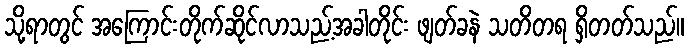
သို့ရာတွင် အကြောင်းတိုက်ဆိုင်လာသည့်အခါတိုင်း ဖျတ်ခနဲ သတိတရ ရှိတတ်သည်။